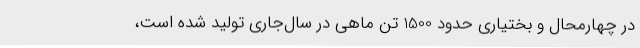
در چهارمحال و بختیاری حدود 1500 تن ماهی در سال‌جاری تولید شده است،